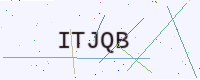
Text: ITJQB